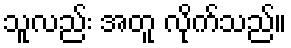
သူလည်း အတူ လိုက်သည်။